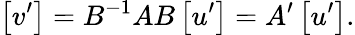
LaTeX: \left[v^{\prime}\right]=B^{-1}AB\left[u^{\prime}\right]=A^{\prime}\left[u^{\prime}\right].